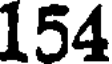
154